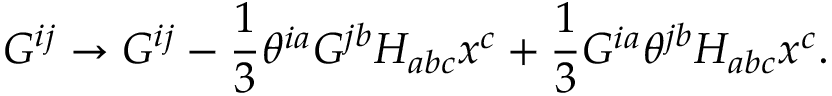
G ^ { i j } \to G ^ { i j } - { \frac { 1 } { 3 } } \theta ^ { i a } G ^ { j b } H _ { a b c } x ^ { c } + { \frac { 1 } { 3 } } G ^ { i a } \theta ^ { j b } H _ { a b c } x ^ { c } .